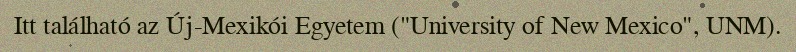
Itt található az Új-Mexikói Egyetem ("University of New Mexico", UNM).